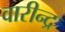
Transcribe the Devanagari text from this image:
वारीन्द्र